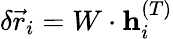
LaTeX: \delta\vec{r}_{i}=W\cdot\mathbf{h}_{i}^{(T)}